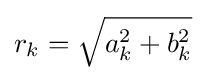
r_{k}={\sqrt {a_{k}^{2}+b_{k}^{2}}}